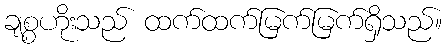
ချစ္စဟိုးသည် ထက်ထက်မြက်မြက်ရှိသည်။